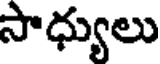
సాధ్యులు